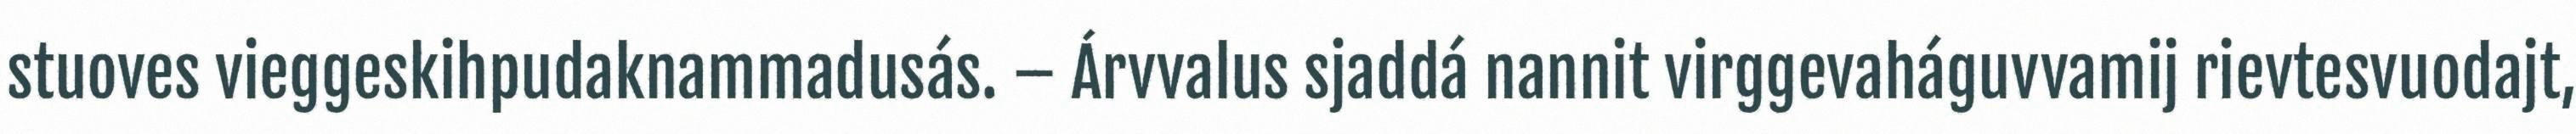
stuoves vieggeskihpudaknammadusás. – Árvvalus sjaddá nannit virggevaháguvvamij rievtesvuodajt,